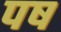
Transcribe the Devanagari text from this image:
पष